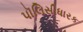
પૉલિસીધારક